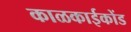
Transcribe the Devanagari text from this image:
काळकाईकोंड